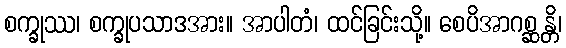
စက္ခုဿ၊ စက္ခုပသာဒအား။ အာပါတံ၊ ထင်ခြင်းသို့။ စေပိအာဂစ္ဆန္တိ၊